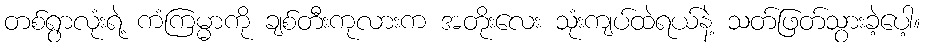
တစ်ရွာလုံးရဲ့ ကံကြမ္မာကို ချစ်တီးကုလားက အတိုးလေး သုံးကျပ်ထဲရယ်နဲ့ သတ်ဖြတ်သွားခဲ့ပေါ့။